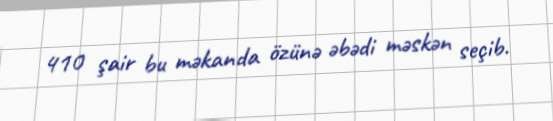
410 şair bu məkanda özünə əbədi məskən seçib.